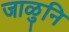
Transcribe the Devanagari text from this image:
जाळुनि